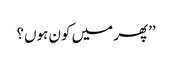
’’پھر میں کون ہوں؟